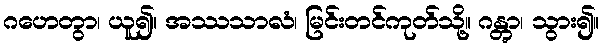
ဂဟေတွာ၊ ယူ၍။ အဿသာလံ၊ မြင်းတင်ကုတ်သို့။ ဂန္တွာ၊ သွား၍။